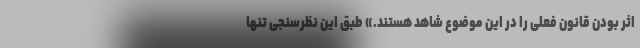
اثر بودن قانون فعلی را در این موضوع شاهد هستند.» طبق این نظرسنجی تنها